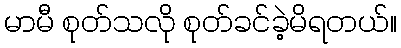
မာမီ စုတ်သလို စုတ်ခင်ခဲ့မိရတယ်။